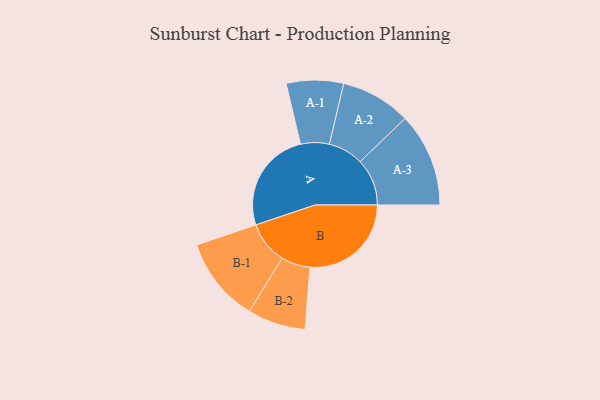
{"axis": {"x": "Segment", "y": "Value"}, "legend": ["", "A", "B"], "data": [{"x": "A", "y": 432, "type": ""}, {"x": "B", "y": 429, "type": ""}, {"x": "A-1", "y": 121, "type": "A"}, {"x": "A-2", "y": 149, "type": "A"}, {"x": "A-3", "y": 199, "type": "A"}, {"x": "B-1", "y": 180, "type": "B"}, {"x": "B-2", "y": 123, "type": "B"}]}